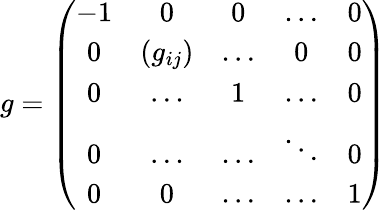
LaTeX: g=\left(\begin{array}{ccccc}{{-1}}&{{0}}&{{0}}&{{\dots}}&{{0}}\\ {{0}}&{{(g_{ij})}}&{{\dots}}&{{0}}&{{0}}\\ {{0}}&{{\dots}}&{{1}}&{{\dots}}&{{0}}\\ {{0}}&{{\dots}}&{{\dots}}&{{\ddots}}&{{0}}\\ {{0}}&{{0}}&{{\dots}}&{{\dots}}&{{1}}\end{array}\right)